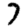
Digit: 7